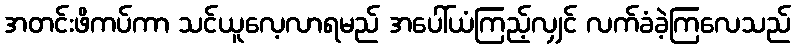
အတင်းဖိကပ်ကာ သင်ယူလေ့လာရမည် အပေါ်ယံကြည့်လျှင် လက်ခံခဲ့ကြလေသည်